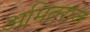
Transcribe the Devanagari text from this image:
अमितराज